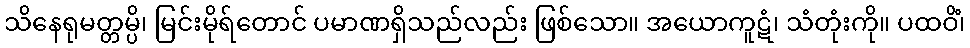
သိနေရုမတ္တမ္ပိ၊ မြင်းမိုရ်တောင် ပမာဏရှိသည်လည်း ဖြစ်သော။ အယောကူဋံ၊ သံတုံးကို။ ပထဝိံ၊